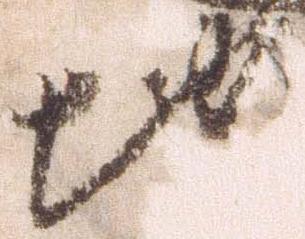
地